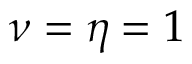
\nu = \eta = 1